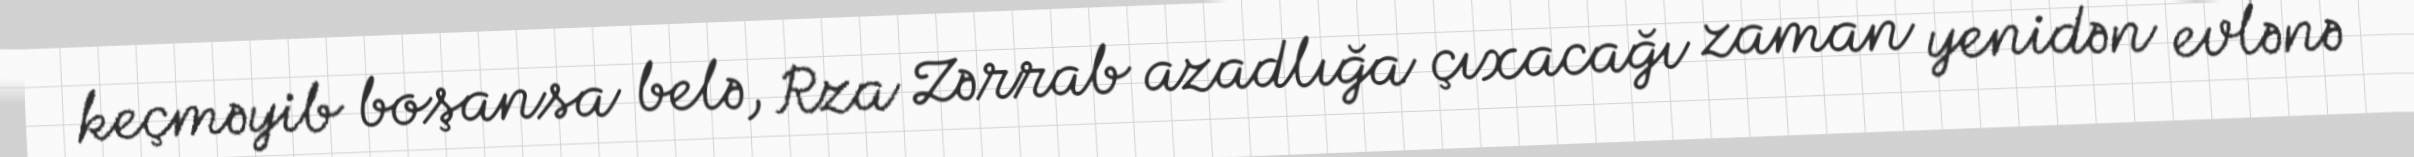
keçməyib boşansa belə, Rza Zərrab azadlığa çıxacağı zaman yenidən evlənə